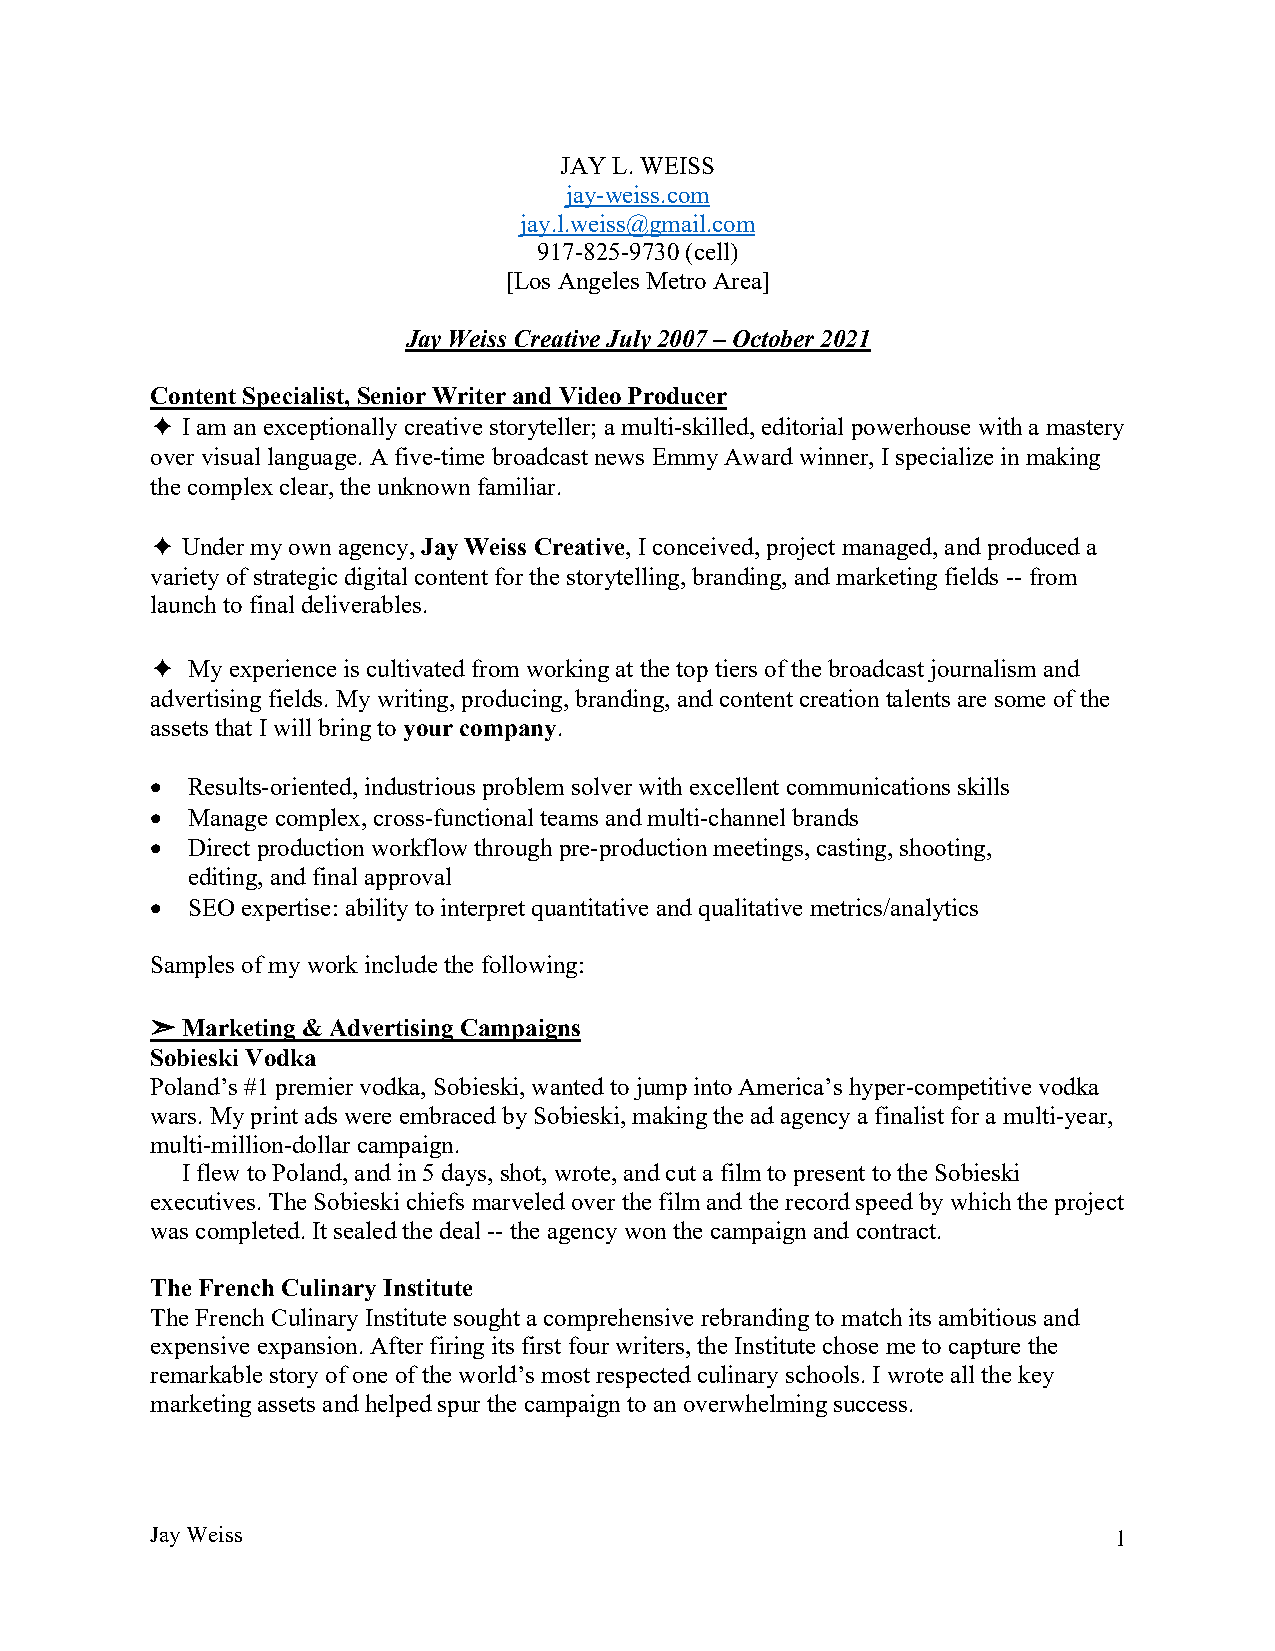
JAY L. WEISS
 jay-weiss.com
 jay.l.weiss@gmail.com
 917-825-9730 (cell)
 [Los Angeles Metro Area]
 Jay Weiss Creative July 2007 – October 2021
 Content Specialist, Senior Writer and Video Producer
 ✦ I am an exceptionally creative storyteller; a multi-skilled, editorial powerhouse with a mastery
 over visual language. A five-time broadcast news Emmy Award winner, I specialize in making
 the complex clear, the unknown familiar.
 ✦ Under my own agency, Jay Weiss Creative, I conceived, project managed, and produced a
 variety of strategic digital content for the storytelling, branding, and marketing fields -- from
 launch to final deliverables.
 ✦ My experience is cultivated from working at the top tiers of the broadcast journalism and
 advertising fields. My writing, producing, branding, and content creation talents are some of the
 assets that I will bring to your company.
 • Results-oriented, industrious problem solver with excellent communications skills
 • Manage complex, cross-functional teams and multi-channel brands
 • Direct production workflow through pre-production meetings, casting, shooting,
 editing, and final approval
 • SEO expertise: ability to interpret quantitative and qualitative metrics/analytics
 Samples of my work include the following:
 ➣ Marketing & Advertising Campaigns
 Sobieski Vodka
 Poland’s #1 premier vodka, Sobieski, wanted to jump into America’s hyper-competitive vodka
 wars. My print ads were embraced by Sobieski, making the ad agency a finalist for a multi-year,
 multi-million-dollar campaign.
 I flew to Poland, and in 5 days, shot, wrote, and cut a film to present to the Sobieski
 executives. The Sobieski chiefs marveled over the film and the record speed by which the project
 was completed. It sealed the deal -- the agency won the campaign and contract.
 The French Culinary Institute
 The French Culinary Institute sought a comprehensive rebranding to match its ambitious and
 expensive expansion. After firing its first four writers, the Institute chose me to capture the
 remarkable story of one of the world’s most respected culinary schools. I wrote all the key
 marketing assets and helped spur the campaign to an overwhelming success.
 Jay Weiss                                                       1